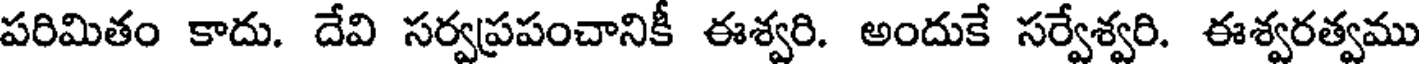
పరిమితం కాదు. దేవి సర్వప్రపంచానికీ ఈశ్వరి. అందుకే సర్వేశ్వరి. ఈశ్వరత్వము